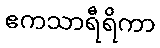
ဧကသာရီရိကာ